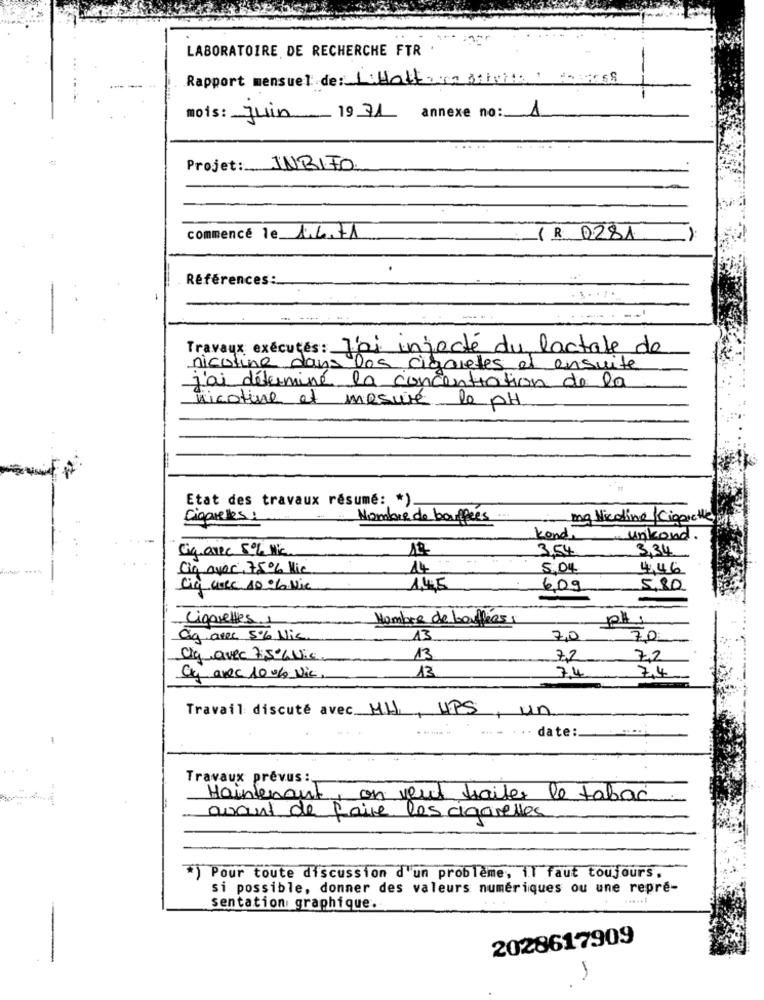
LABORATOIRE DE RECHERCHE FTR
Rapport mensuel de: Litfattura ativita | Carros
mois: Juin 1971 annexe no: 1
Projet: INBIFO
commencé le 1.6.71
( R 0281
Références :__
Travaux exécutés : J'ai injecté du lactate de
nicotine dans les cigaretes af ensuite
j'ai déterminé la concentration de la
nicotine et mesure le PH.
Etat des travaux résumé: * )
Cioquelles:
Nombre de bouffees.
mg Nicotina Cigarette
Kond.
unkond.
Giganic 5% MC.
12
3.54
3.34
Cia over 75% Kie
14-
5.04
4,46
Cig arre 10% Wie
1.45
6,09
5,80
Cigarettes
Nombre de bouffées :
PH:
Cig avec 5% Nic
13
7,0
70
Cig avec 7,50% Vic
13
72
7,2
74
Cy avec 10% Vic.
13
7.4
Travail discuté avec MH, UPS, un
----- -
... . . . date :.......
-
Travaux prévus :
Maintenant, on veut traiter le tabac
avant de faire les cigaretles.
*) Pour toute discussion d'un problème, il faut toujours.
si possible, donner des valeurs numériques ou une repre-
sentation graphique.
2028617909